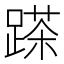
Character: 𨃓